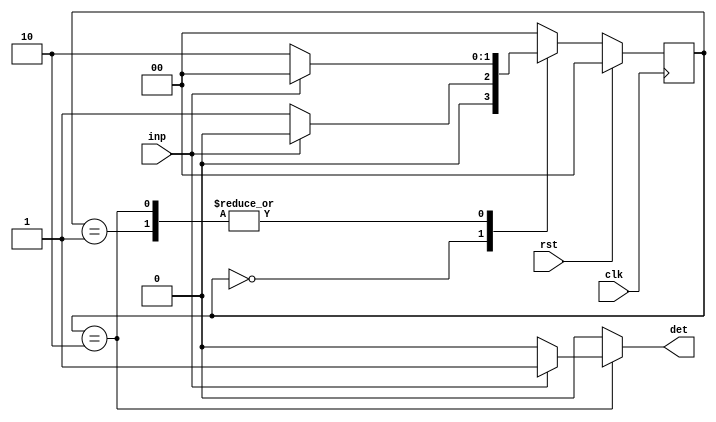
module seq_001 (inp,clk,rst,det);
input inp,clk,rst;
output reg det;
reg [1:0] pr_state,nxt_state;
parameter s0=2'b00 , s1=2'b01 , s2= 2'b10;
always @(posedge clk)
if (rst)
pr_state = s0;
else
pr_state = nxt_state;
always @(inp,pr_state)
case (pr_state)
s0 : if (inp)
nxt_state = s0;
else
nxt_state = s1;
s1 : if (inp)
nxt_state = s0;
else
nxt_state = s2;
s2 : if (inp)
nxt_state = s0;
else
nxt_state = s2;
default : nxt_state =s0;
endcase
always @(inp,pr_state)
case(pr_state)
s0 : det = 0;
s1 : det = 0;
s2: if(inp)
det = 1;
else
det = 0;
default det =0;
endcase
endmodule